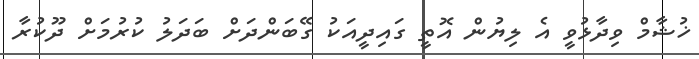
ޚުޝާމް ވިދާޅުވީ އެ ލިޔުން އޮތީ ގައިދީއަކު ގޭބަންދަށް ބަދަލު ކުރުމަށް ދޫކުރާ